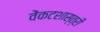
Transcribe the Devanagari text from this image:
वेंकटशास्त्री